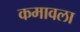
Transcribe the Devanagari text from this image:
कमावला